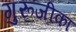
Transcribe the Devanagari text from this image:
गुरूजीका